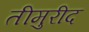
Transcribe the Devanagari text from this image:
तीमुरीद